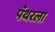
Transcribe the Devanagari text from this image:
पँथरला